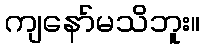
ကျနော်မသိဘူး။